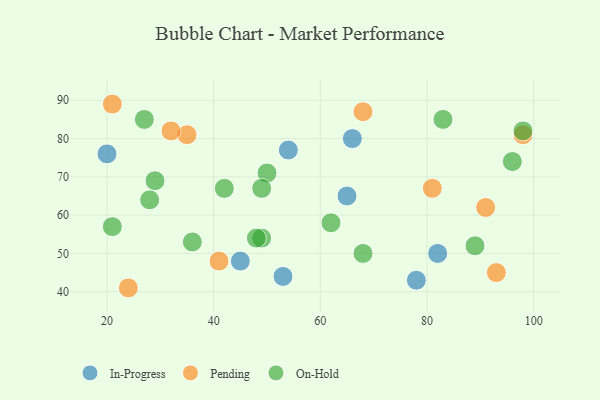
{"axis": {"x": "GDP", "y": "Life Expectancy"}, "legend": ["In-Progress", "On-Hold", "Pending"], "data": [{"x": "54", "y": 77, "type": "In-Progress"}, {"x": "78", "y": 43, "type": "In-Progress"}, {"x": "66", "y": 80, "type": "In-Progress"}, {"x": "45", "y": 48, "type": "In-Progress"}, {"x": "20", "y": 76, "type": "In-Progress"}, {"x": "82", "y": 50, "type": "In-Progress"}, {"x": "53", "y": 44, "type": "In-Progress"}, {"x": "65", "y": 65, "type": "In-Progress"}, {"x": "98", "y": 81, "type": "Pending"}, {"x": "68", "y": 87, "type": "Pending"}, {"x": "21", "y": 89, "type": "Pending"}, {"x": "81", "y": 67, "type": "Pending"}, {"x": "35", "y": 81, "type": "Pending"}, {"x": "32", "y": 82, "type": "Pending"}, {"x": "41", "y": 48, "type": "Pending"}, {"x": "93", "y": 45, "type": "Pending"}, {"x": "91", "y": 62, "type": "Pending"}, {"x": "24", "y": 41, "type": "Pending"}, {"x": "96", "y": 74, "type": "On-Hold"}, {"x": "21", "y": 57, "type": "On-Hold"}, {"x": "68", "y": 50, "type": "On-Hold"}, {"x": "27", "y": 85, "type": "On-Hold"}, {"x": "29", "y": 69, "type": "On-Hold"}, {"x": "49", "y": 54, "type": "On-Hold"}, {"x": "83", "y": 85, "type": "On-Hold"}, {"x": "48", "y": 54, "type": "On-Hold"}, {"x": "28", "y": 64, "type": "On-Hold"}, {"x": "98", "y": 82, "type": "On-Hold"}, {"x": "89", "y": 52, "type": "On-Hold"}, {"x": "62", "y": 58, "type": "On-Hold"}, {"x": "50", "y": 71, "type": "On-Hold"}, {"x": "42", "y": 67, "type": "On-Hold"}, {"x": "49", "y": 67, "type": "On-Hold"}, {"x": "36", "y": 53, "type": "On-Hold"}]}